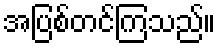
အပြစ်တင်ကြသည်။